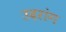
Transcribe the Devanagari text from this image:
उदरांग